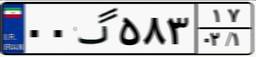
۰۰گ۵۸۳۱۷